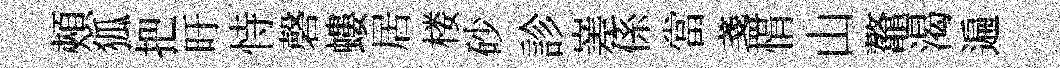
頰狐把旴恃磬螻居楼砂診嵳係當盞悁山鼇渴遍